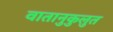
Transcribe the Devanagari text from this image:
वातानुकुलुत